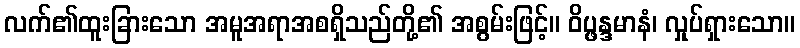
လက်၏ထူးခြားသော အမူအရာအစရှိသည်တို့၏ အစွမ်းဖြင့်။ ဝိပ္ဖန္ဒမာနံ၊ လှုပ်ရှားသော။